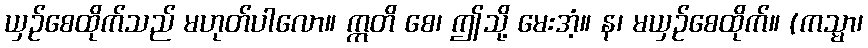
ယှဉ်စေထိုက်သည် မဟုတ်ပါလော။ ဣတိ စေ၊ ဤသို့ မေးအံ့။ န၊ မယှဉ်စေထိုက်။ (ကသ္မာ၊